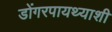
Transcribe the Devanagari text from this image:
डोंगरपायथ्याशी